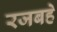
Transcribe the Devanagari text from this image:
रजबहे